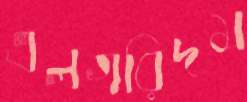
এলগরিদম